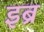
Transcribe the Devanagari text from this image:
इब्र